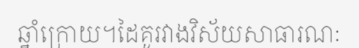
ឆ្នាំក្រោយ។ដៃគូរវាងវិស័យសាធារណៈ